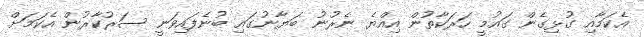
އެކަމާއި ގުޅިގެން ގައުމީ ހަރަކާތުން އިއްޔެ ނެރުނު ބަޔާނުގައި ބުނެފައިވަނީ ސަރުކާރުން އެކަމަށް